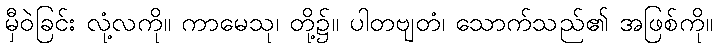
မှီဝဲခြင်း လုံ့လကို။ ကာမေသု၊ တို့၌။ ပါတဗျတံ၊ သောက်သည်၏ အဖြစ်ကို။